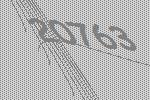
20763